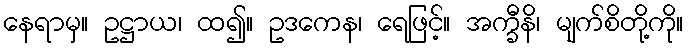
နေရာမှ။ ဥဋ္ဌာယ၊ ထ၍။ ဥဒကေန၊ ရေဖြင့်။ အက္ခီနိ၊ မျက်စိတို့ကို။